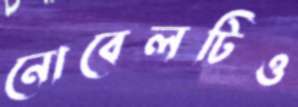
নোবেলটিও